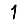
Digit: 1